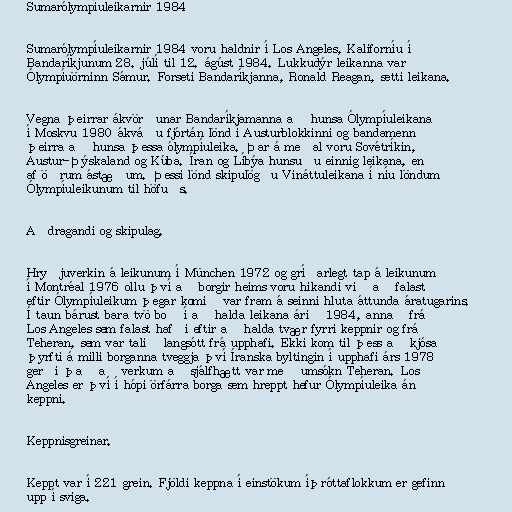
Sumarólympíuleikarnir 1984

Sumarólympíuleikarnir 1984 voru haldnir í Los Angeles, Kaliforníu í
Bandaríkjunum 28. júlí til 12. ágúst 1984. Lukkudýr leikanna var
Ólympíuörninn Sámur. Forseti Bandaríkjanna, Ronald Reagan, setti leikana.

Vegna þeirrar ákvörðunar Bandaríkjamanna að hunsa Ólympíuleikana
í Moskvu 1980 ákváðu fjórtán lönd í Austurblokkinni og bandamenn
þeirra að hunsa þessa ólympíuleika. Þar á meðal voru Sovétríkin,
Austur-Þýskaland og Kúba. Íran og Líbýa hunsuðu einnig leikana, en
af öðrum ástæðum. Þessi lönd skipulögðu Vináttuleikana í níu löndum
Ólympíuleikunum til höfuðs.

Aðdragandi og skipulag.

Hryðjuverkin á leikunum í München 1972 og gríðarlegt tap á leikunum
í Montréal 1976 ollu því að borgir heims voru hikandi við að falast
eftir Ólympíuleikum þegar komið var fram á seinni hluta áttunda áratugarins.
Í taun bárust bara tvö boð í að halda leikana árið 1984, annað frá
Los Angeles sem falast hafði eftir að halda tvær fyrri keppnir og frá
Teheran, sem var talið langsótt frá upphafi. Ekki kom til þess að kjósa
þyrfti á milli borganna tveggja því Íranska byltingin í upphafi árs 1978
gerði það að verkum að sjálfhætt var með umsókn Teheran. Los
Angeles er því í hópi örfárra borga sem hreppt hefur Ólympíuleika án
keppni.

Keppnisgreinar.

Keppt var í 221 grein. Fjöldi keppna í einstökum íþróttaflokkum er gefinn
upp í sviga.